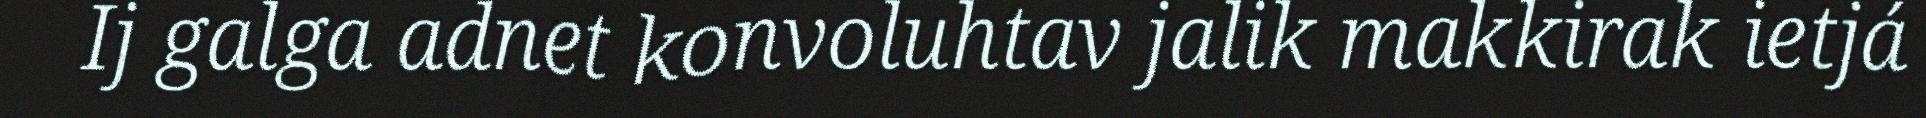
Ij galga adnet konvoluhtav jalik makkirak ietjá